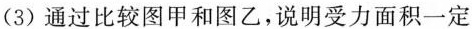
(3)通过比较图甲和图乙，说明受力面积一定